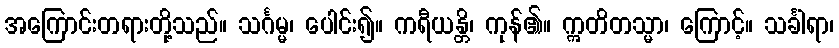
အကြောင်းတရားတို့သည်။ သင်္ဂမ္မ၊ ပေါင်း၍။ ကရီယန္တိ၊ ကုန်၏။ ဣတိတသ္မာ၊ ကြောင့်။ သင်္ခါရာ၊